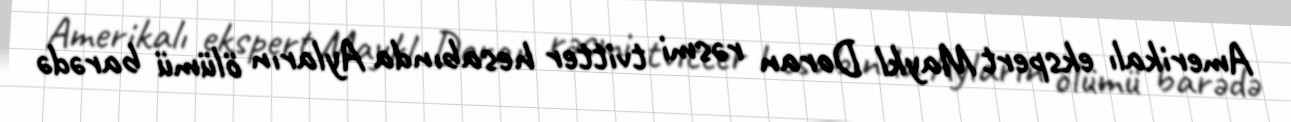
Amerikalı ekspert Maykl Doran rəsmi tvitter hesabında Ayların ölümü barədə